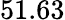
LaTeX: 51.63